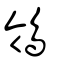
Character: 鴒